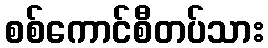
စစ်ကောင်စီတပ်သား